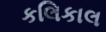
કલિકાલ